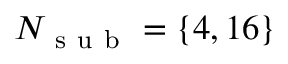
N _ { \mathrm { ~ s ~ u ~ b ~ } } = \{ 4 , 1 6 \}